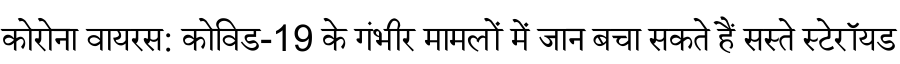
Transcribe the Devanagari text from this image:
कोरोना वायरस: कोविड-19 के गंभीर मामलों में जान बचा सकते हैं सस्ते स्टेरॉयड